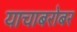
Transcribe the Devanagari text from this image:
याचाबरोबर